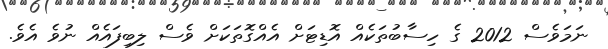
ނަމަވެސް 2012 ގެ ހިސާބުތަކެއް އޮޑިޓަށް އެއްގޮތަކަށް ވެސް ލިބިފައެއް ނުވެ އެވެ.